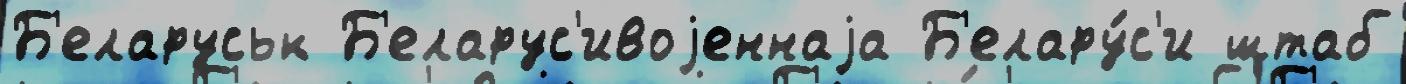
Б'еларуськ Б'еларус'ивоjеннаjа Б'елару́с'и штаб